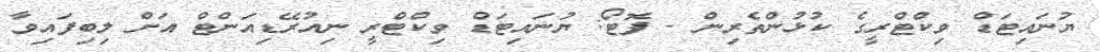
ޔުނައިޓަޑް ވިކްޓްރީގެ ކުޅުންތެރިން - ފޮޓޯ: ޔުނައިޓަޑް ވިކްޓްރީ ނިއުރޭޑިއަންޓް އަށް ލިބިފައިވާ